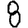
Digit: 8